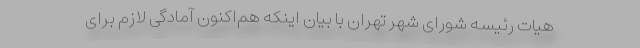
هیات رئیسه شورای شهر تهران با بیان اینکه هم‌اکنون آمادگی لازم برای